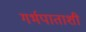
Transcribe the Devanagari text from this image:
गर्भपाताशी